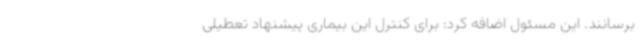
برسانند. این مسئول اضافه کرد: برای کنترل این بیماری پیشنهاد تعطیلی